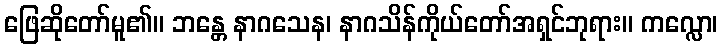
ဖြေဆိုတော်မူ၏။ ဘန္တေ နာဂသေန၊ နာဂသိန်ကိုယ်တော်အရှင်ဘုရား။ ကလ္လော၊